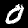
Digit: 0